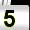
Digit: 5